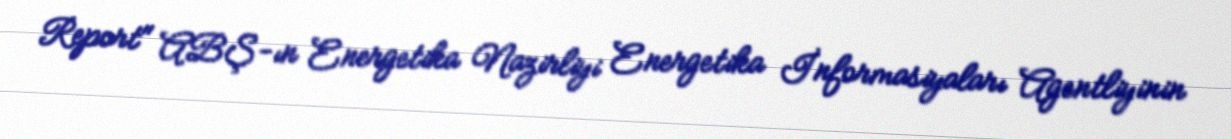
Report" ABŞ-ın Energetika Nazirliyi Energetika İnformasiyaları Agentliyinin